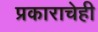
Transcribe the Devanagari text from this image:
प्रकाराचेही